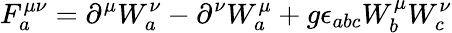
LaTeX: F_{a}^{\mu\nu}=\partial^{\mu}W_{a}^{\nu}-\partial^{\nu}W_{a}^{\mu}+g\epsilon_{abc}W_{b}^{\mu}W_{c}^{\nu}